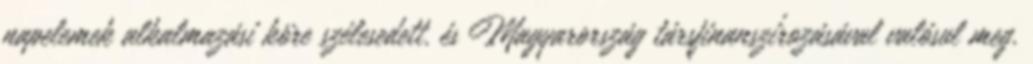
napelemek alkalmazási köre szélesedett. és Magyarország társfinanszírozásával valósul meg.